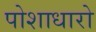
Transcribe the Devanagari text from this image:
पोशाधारो